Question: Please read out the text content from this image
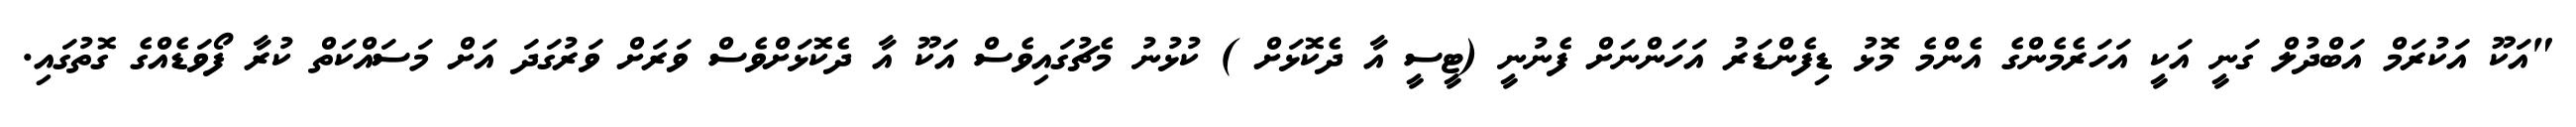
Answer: "އަކޫ އަކުރަމް އަބްދުލް ގަނީ އަކީ އަހަރެމެންގެ އެންމެ މޮޅު ޑިފެންޑަރު އަހަންނަށް ފެނުނީ (ޓީސީ އާ ދެކޮޅަށް ) ކުޅުނު މެޗުގައިވެސް އަކޫ އާ ދެކޮޅަށްވެސް ވަރަށް ވަރުގަދަ އަށް މަސައްކަތް ކުރާ ފޯވަޑެއްގެ ގޮތުގައި.